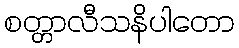
စတ္တာလီသနိပါတော